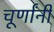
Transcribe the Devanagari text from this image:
चूर्णांनी